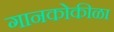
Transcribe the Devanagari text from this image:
गानकोकीळा